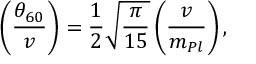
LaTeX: \left( \frac { \theta _ { 6 0 } } { v } \right) = { \frac { 1 } { 2 } } \sqrt { \frac { \pi } { 1 5 } } \left( \frac { v } { m _ { P l } } \right) ,